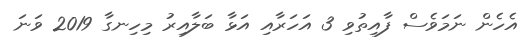
އެހެން ނަމަވެސް ފާއިތުވި 3 އަހަރާއި އަޅާ ބަލާއިރު މިހިނގާ 2019 ވަނަ